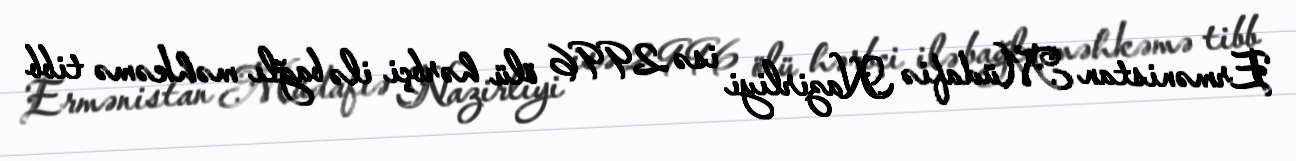
Ermənistan Müdafiə Nazirliyi isə 2996 ölü hərbçi ilə bağlı məhkəmə tibb